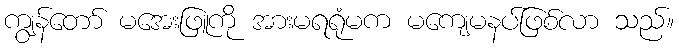
ကျွန်တော် မအေးဖြူကို အားမရရုံမက မကျေမနပ်ဖြစ်လာ သည်။